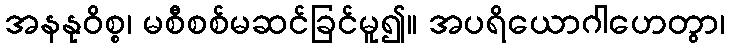
အနနုဝိစ္စ၊ မစီစစ်မဆင်ခြင်မူ၍။ အပရိယောဂါဟေတွာ၊